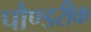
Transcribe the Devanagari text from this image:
पौण्डरीक